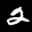
Label: 2